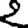
Digit: 2